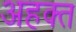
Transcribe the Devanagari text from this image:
अहक्त